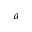
a